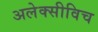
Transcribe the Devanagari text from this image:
अलेक्सीविच